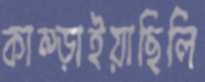
কাম্‌ড়াইয়াছিলি